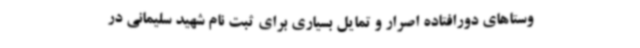
وستاهای دورافتاده اصرار و تمایل بسیاری برای ثبت نام شهید سلیمانی در